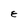
Character: E